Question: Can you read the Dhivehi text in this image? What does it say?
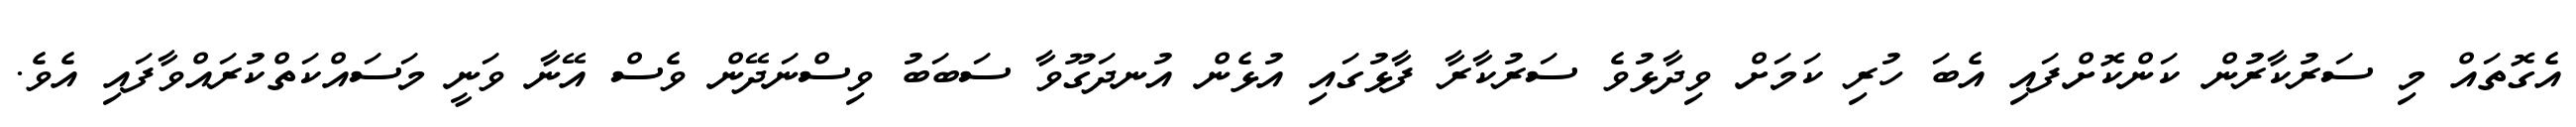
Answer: އެގޮތައް މި ސަރުކާރުން ކަންކޮށްފައި އެބަ ހުރި ކަމަށް ވިދާޅުވެ ސަރުކާރާ ފާޅުގައި އުޅެން އުނދަގޫވާ ސަބަބު ވިސްނަދޭން ވެސް އޭނާ ވަނީ މަސައްކަތްކުރައްވާފައި އެވެ.